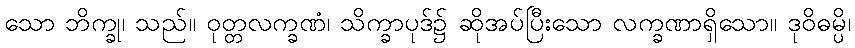
သော ဘိက္ခု၊ သည်။ ဝုတ္တလက္ခဏံ၊ သိက္ခာပုဒ်၌ ဆိုအပ်ပြီးသော လက္ခဏာရှိသော။ ဒုဝိဓမ္ပိ၊